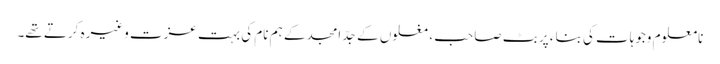
نامعلوم وجوہات کی بناء پر بٹ صاحب ، مغلوں کے جدّ امجد کے ہم نام کی بہت عزت وغیرہ کرتے تھے۔